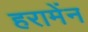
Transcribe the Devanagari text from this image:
हरामेंन